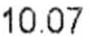
10.07